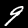
Label: 9